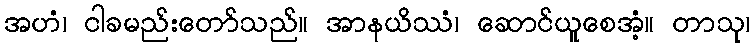
အဟံ၊ ငါခမည်းတော်သည်။ အာနယိဿံ၊ ဆောင်ယူစေအံ့။ တာသု၊